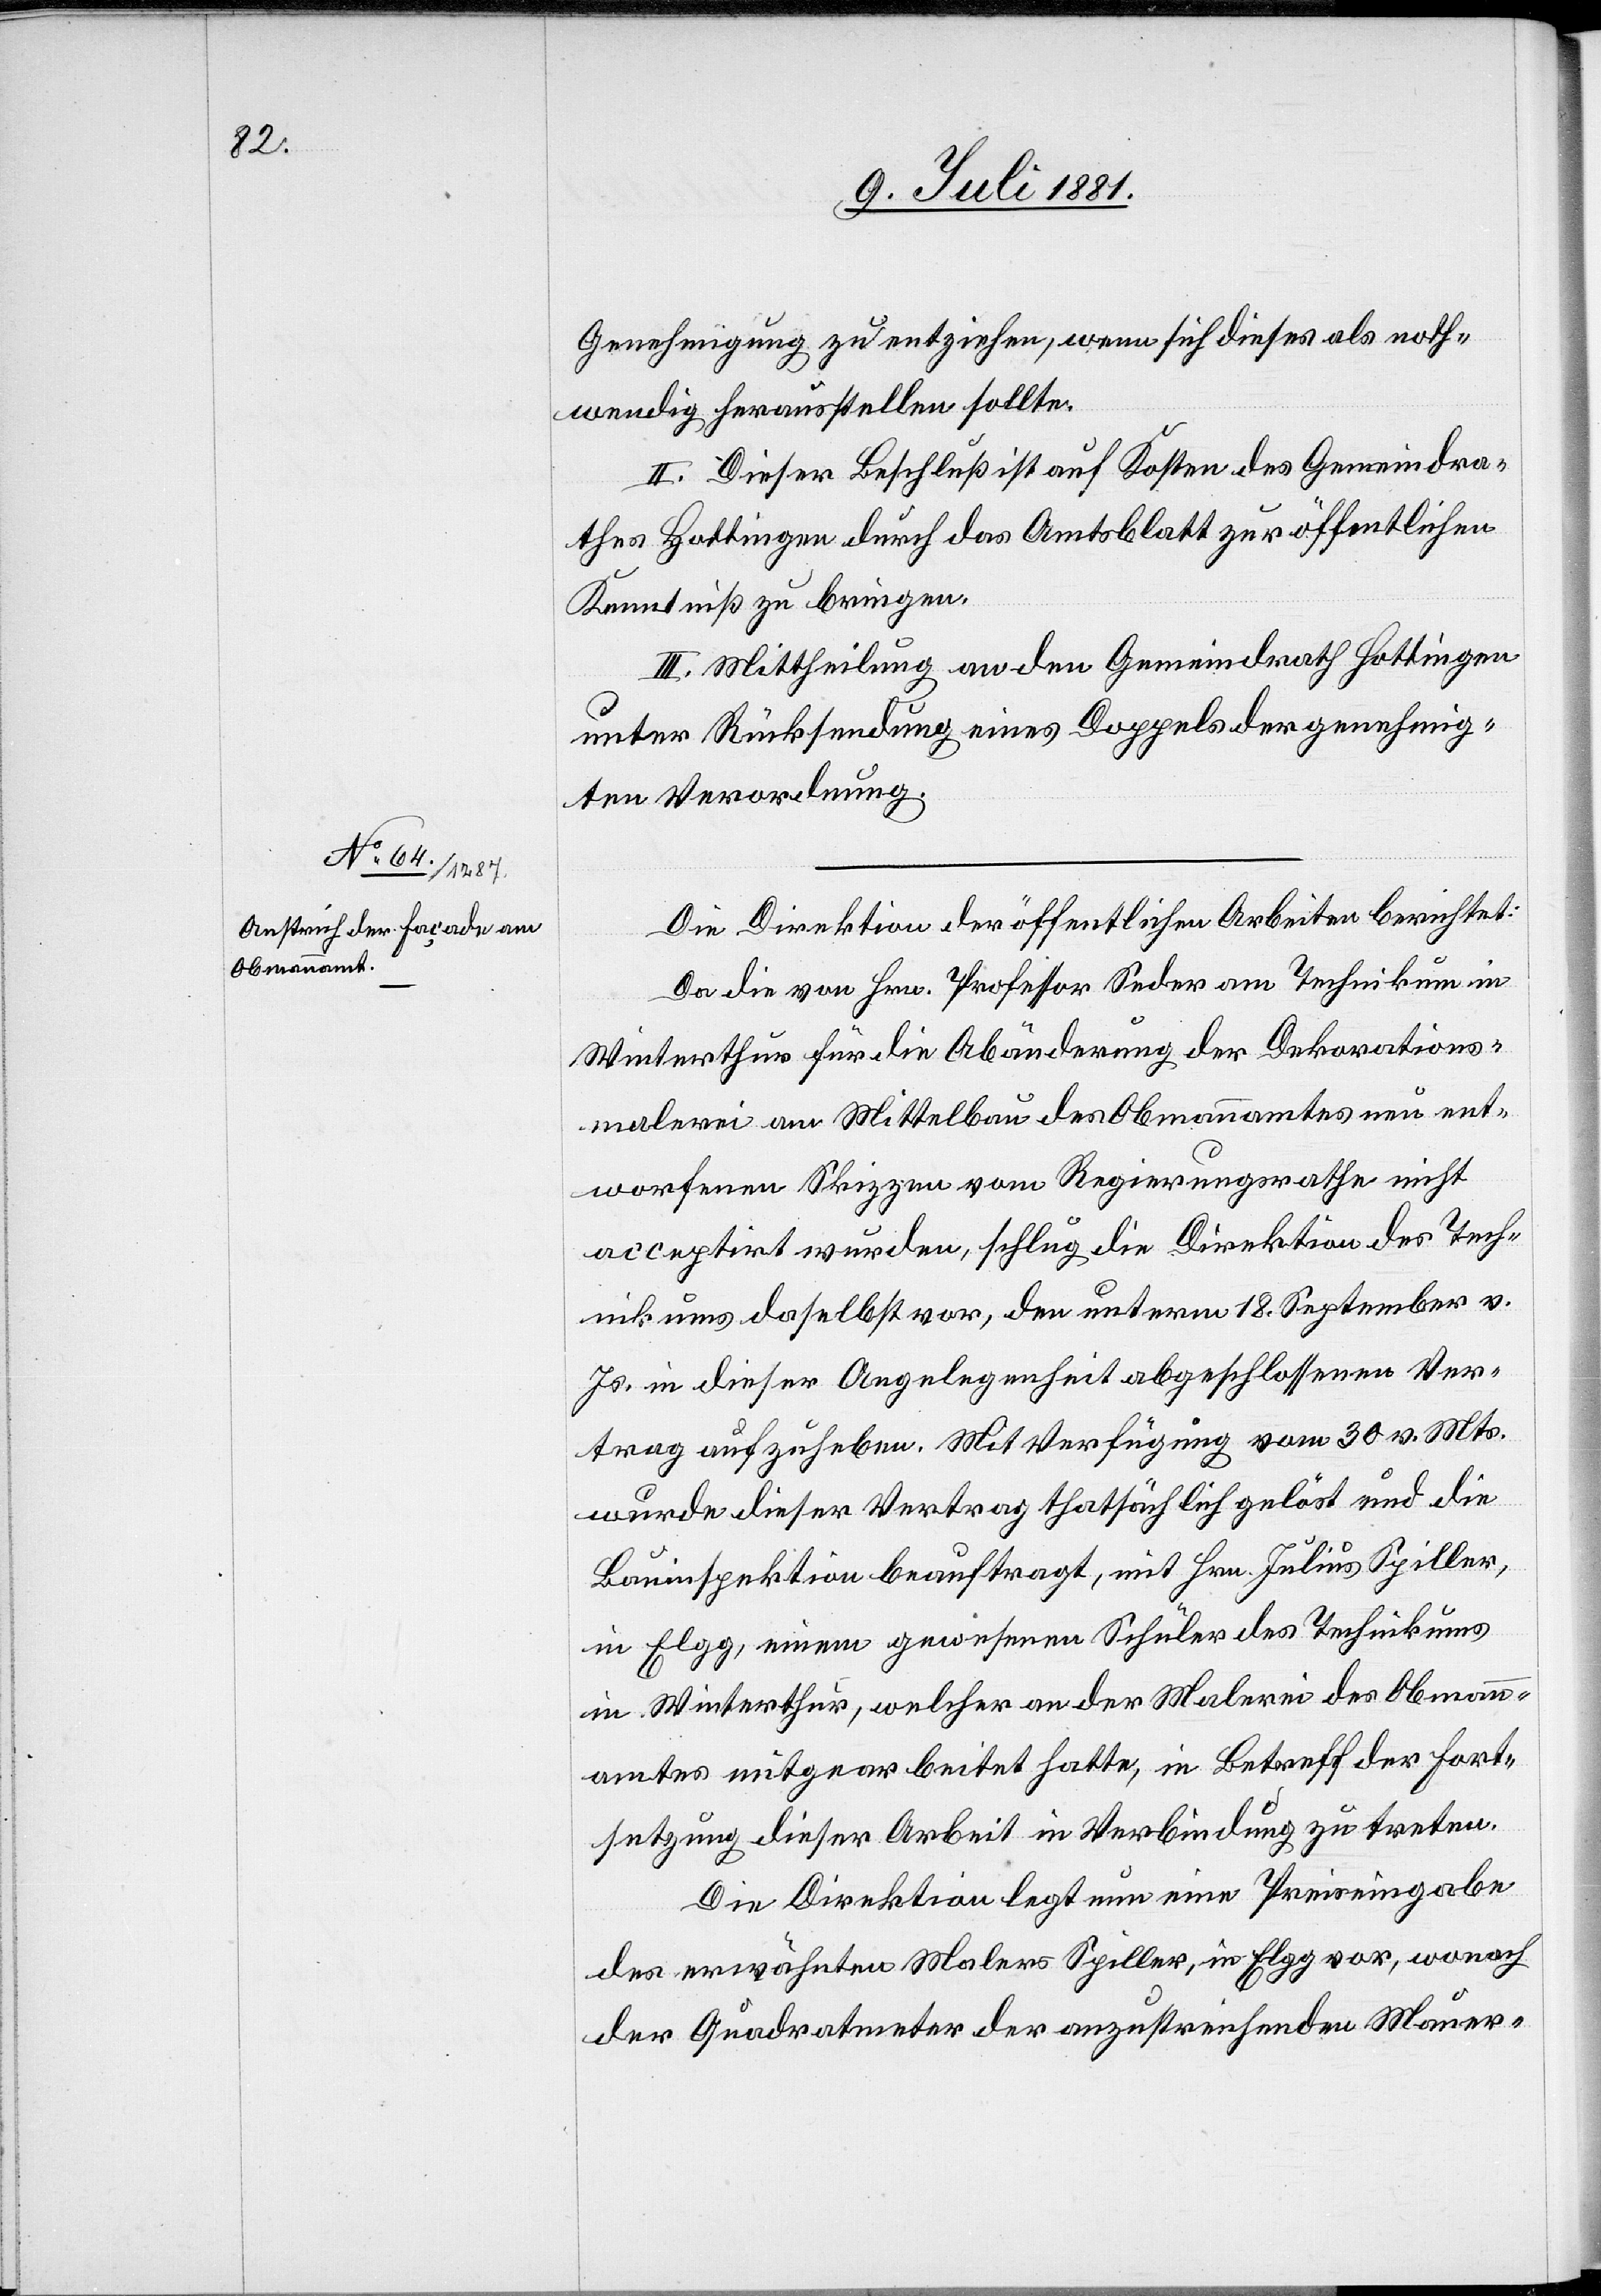
Genehmigung zu entziehen, wenn sich dieses als noth¬
wendig herausstellen sollte.
II. Dieser Beschluß ist auf Kosten des Gemeidra¬
thes Hottingen durch das Amtsblatt zur öffentlichen
Kenntniß zu bringen.
III. Mittheilung an den Gemeindrath Hottingen
unter Rücksendung eines Doppels der genehmig¬
ten Verordnung.
Die Direktion der öffentlichen Arbeiten berichtet:
Da die von Hrn. Professor Seder am Technikum in
Winterthur für die Abänderung der Dekorations¬
malerei am Mittelbau der Obmannamtes neu ent¬
worfenen Skizzen vom Regierungsrath nicht
acceptirt wurden, schlug die Direktion der Tech¬
nik uns daselbst vor, den unterm 18. September v.
Js. in dieser Angelegenheit abgeschlossenen Ver¬
trag aufzuheben. Mit Verfügung vom 30. v. Mts.
wurde dieser Vertrag thatsächlich gelöst und die
Bauinspektion beauftragt, mit Hrn. Julius Spiller,
in Elgg, einem gewesenen Schüler des Technikums
in Winterthur, welcher an der Malerei des Obmann¬
amtes mitgearbeitet hatte, in Betreff der Fort¬
setzung dieser Arbeit in Verbindung zu treten.
Die Direktion legt nun eine Preiseingabe
des erwähnten Malers Spiller, in Elgg vor, wonach
der Quadratmeter der anzustreichenden Mauer-